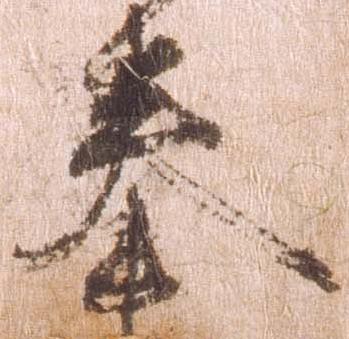
奉